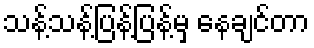
သန့်သန့်ပြန့်ပြန့်မှ နေချင်တာ